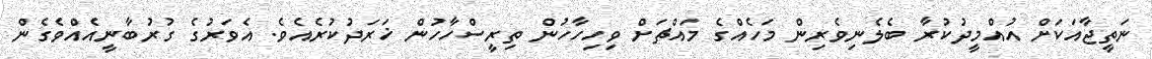
ނަތީޖާއަކަށް އުއްމީދުކުރާ ބެލެނިވެރިން މަހެއްގެ މައްޗަށް ވިހިހާހުން ތިރީސްހާހުން ޚަރަދުކުރެއެވެ. އެވަރުގެ ގުރުބާނީއެއްވެގެން